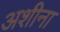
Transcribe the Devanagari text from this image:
अशीना